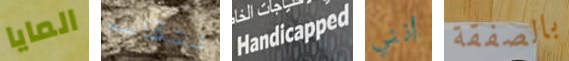
المايا نتقاسم Handicapped أنني بالصفقة